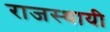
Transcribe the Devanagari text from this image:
राजस्थायी